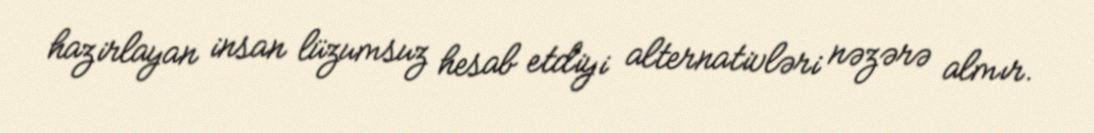
hazirlayan insan lüzumsuz hesab etdiyi alternativləri nəzərə almır.